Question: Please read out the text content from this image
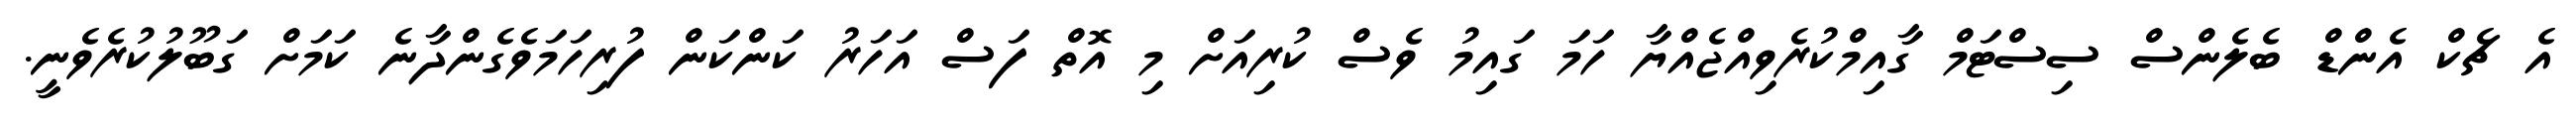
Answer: އެ ޗެކް އެންޑް ބެލެންސް ސިސްޓަމް ގާއިމްކުރެވިއްޖެއްޔާ ހަމަ ގައިމު ވެސް ކުރިއަށް މި އޮތް ފަސް އަހަރު ކަންކަން ފުރިހަމަވެގެންދާނެ ކަމަށް ގަބޫލުކުރެވެނީ.